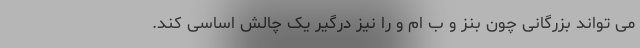
می تواند بزرگانی چون بنز و ب ام و را نیز درگیر یک چالش اساسی کند.